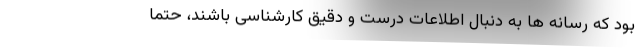
بود که رسانه ها به دنبال اطلاعات درست و دقیق کارشناسی باشند، حتما